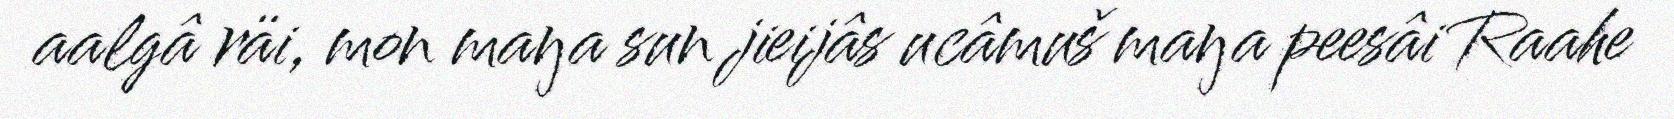
aalgâ räi, mon maŋa sun jieijâs ucâmuš maŋa peesâi Raahe